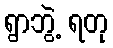
ရွာဘွဲ့ ရတု